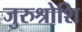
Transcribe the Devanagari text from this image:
जुरुश्रोशि